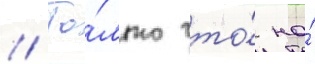
// То́лько что́ на́